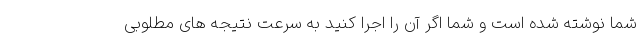
شما نوشته شده است و شما اگر آن را اجرا کنید به سرعت نتیجه های مطلوبی